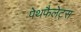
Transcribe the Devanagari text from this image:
पेथफैलेट्स